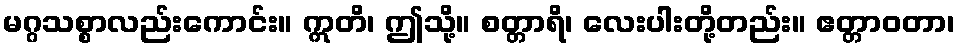
မဂ္ဂသစ္စာလည်းကောင်း။ ဣတိ၊ ဤသို့။ စတ္တာရိ၊ လေးပါးတို့တည်း။ ဧတ္တာဝတာ၊